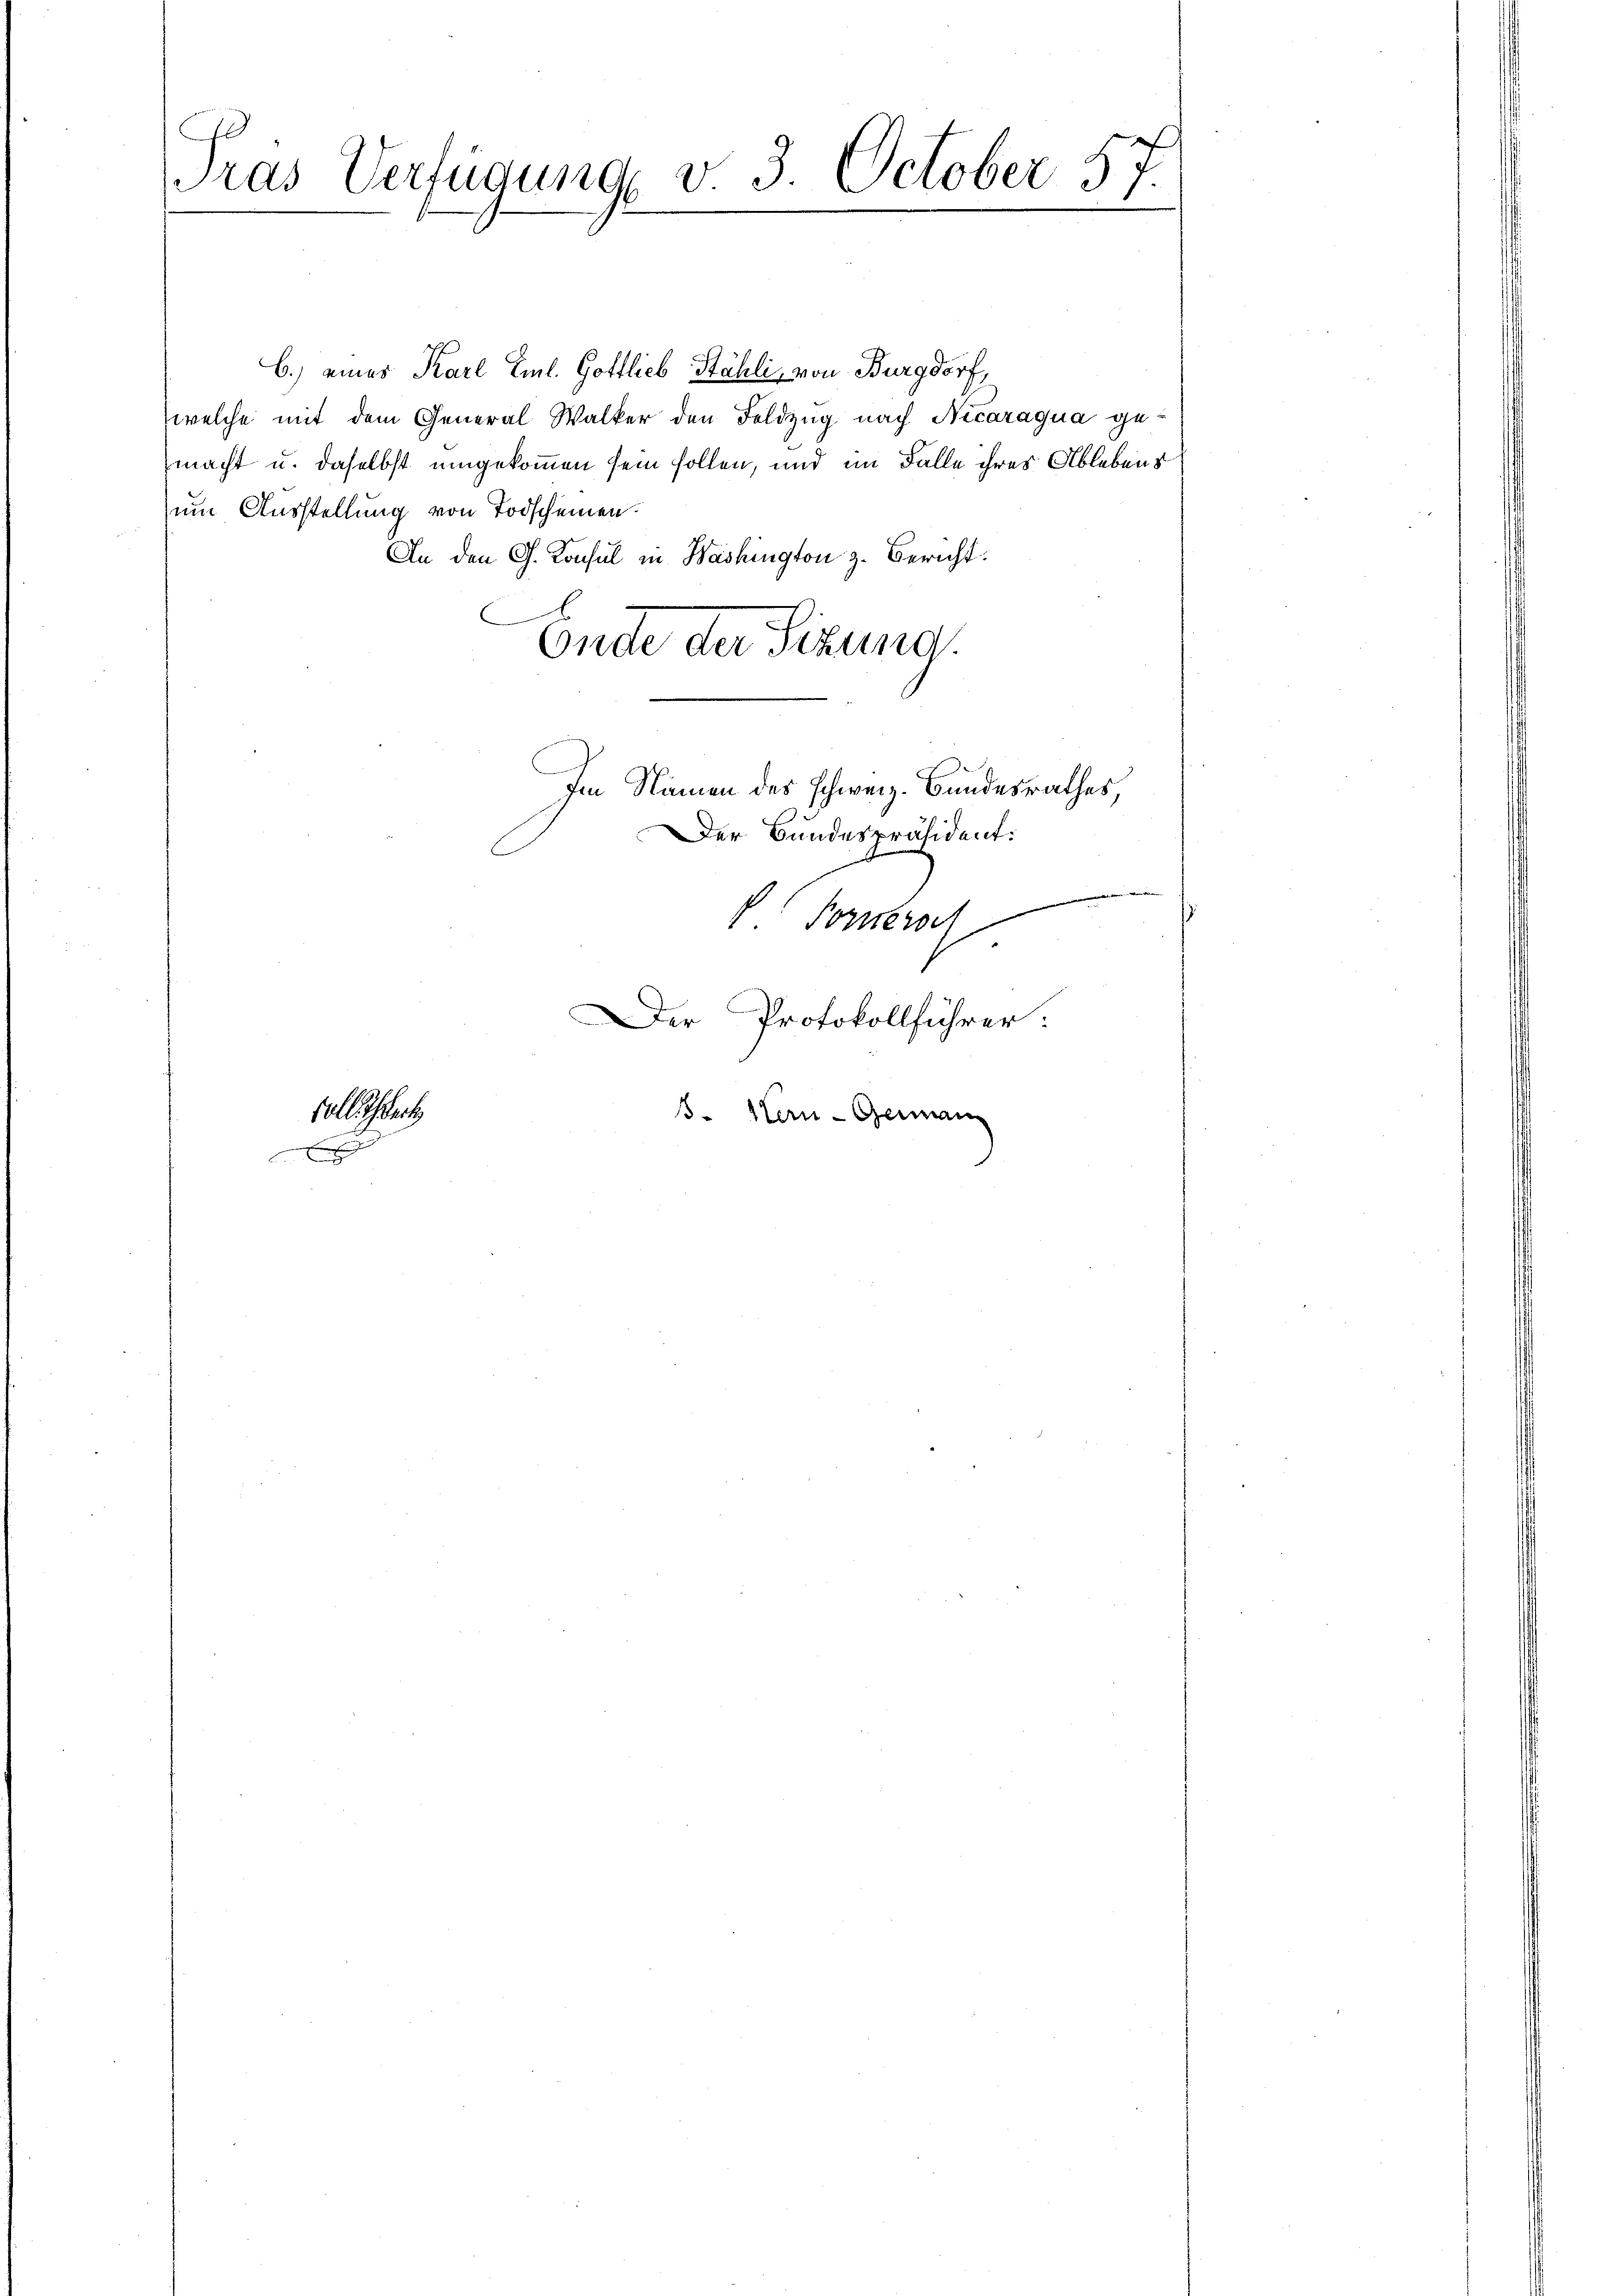
C
Pras Verfügung v. 3. October 57.

b.) eines Karl Eml. Gottlieb Stähli, von Burgdorf,
welche mit dem General Walker den Feldzug nach Nicaraqua gemacht u. daselbst umgekommen sein sollen, und im Falle ihres Ablebens
zum Ausstellung von Todscheinen.
An den G. Konsul in Washington z. Bericht:
b
.
Ende der Sizung.
Im Namen des Schweiz. Bundesrathes
Der Bundespräsident.
Forner
Der Protokollführer:
vollstech
. Stern- Geman

A